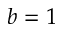
b = 1